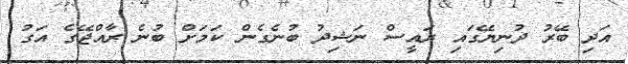
އަދި ބޭރު ދުނިޔޭގައި ރައީސް ނަޝިދު ބުނެގެން ކަމަށް ބުނެ ރާއްޖޭގެ އަގު